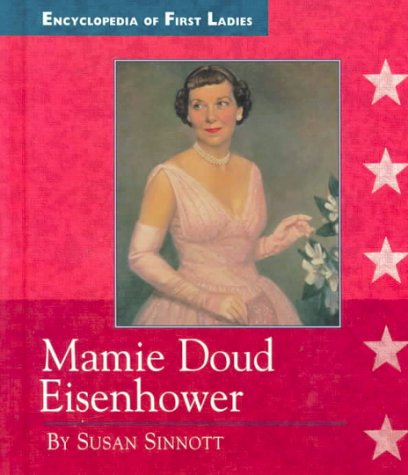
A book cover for Mamie Doud Eisenhower (Encyclopedia of First Ladies); Susan Sinnott; Teen & Young Adult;